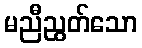
မညီညွတ်သော